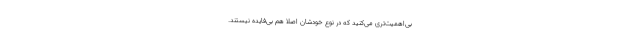
بی‌اهمیت‌تری می‌کنید که در نوعِ خودشان اصلاً هم بی‌فایده نیستند.